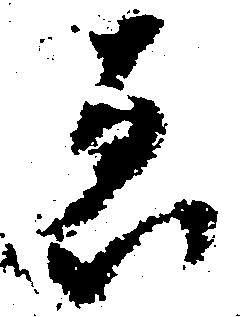
ゑ